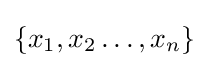
\{x_{1},x_{2}\dots ,x_{n}\}